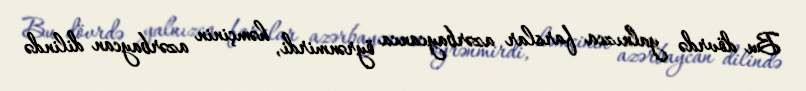
Bu dövrdə yalnızca farslar azərbaycanca öyrənmirdi, həmçinin azərbaycan dilində